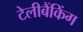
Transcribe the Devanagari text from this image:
टेलीबैंकिंग